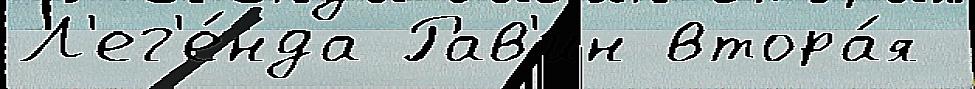
Л'ег'е́нда Рав'ин втора́я